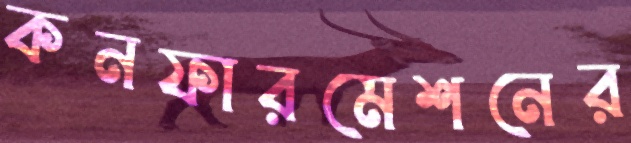
কনফারমেশনের